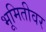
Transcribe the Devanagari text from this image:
भूमितीवर